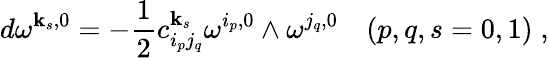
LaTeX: d\omega^{\mathbf{k}_{s},0}=-\frac{{1}}{{2}}c_{i_{p}j_{q}}^{\mathbf{k}_{s}}\omega^{i_{p},0}\wedge\omega^{j_{q},0}\quad(p,q,s=0,1)\; ,